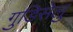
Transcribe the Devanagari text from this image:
गुडिसेलु